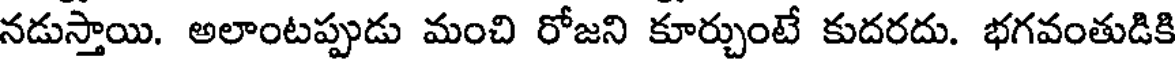
నడుస్తాయి. అలాంటప్పుడు మంచి రోజని కూర్చుంటే కుదరదు. భగవంతుడికి